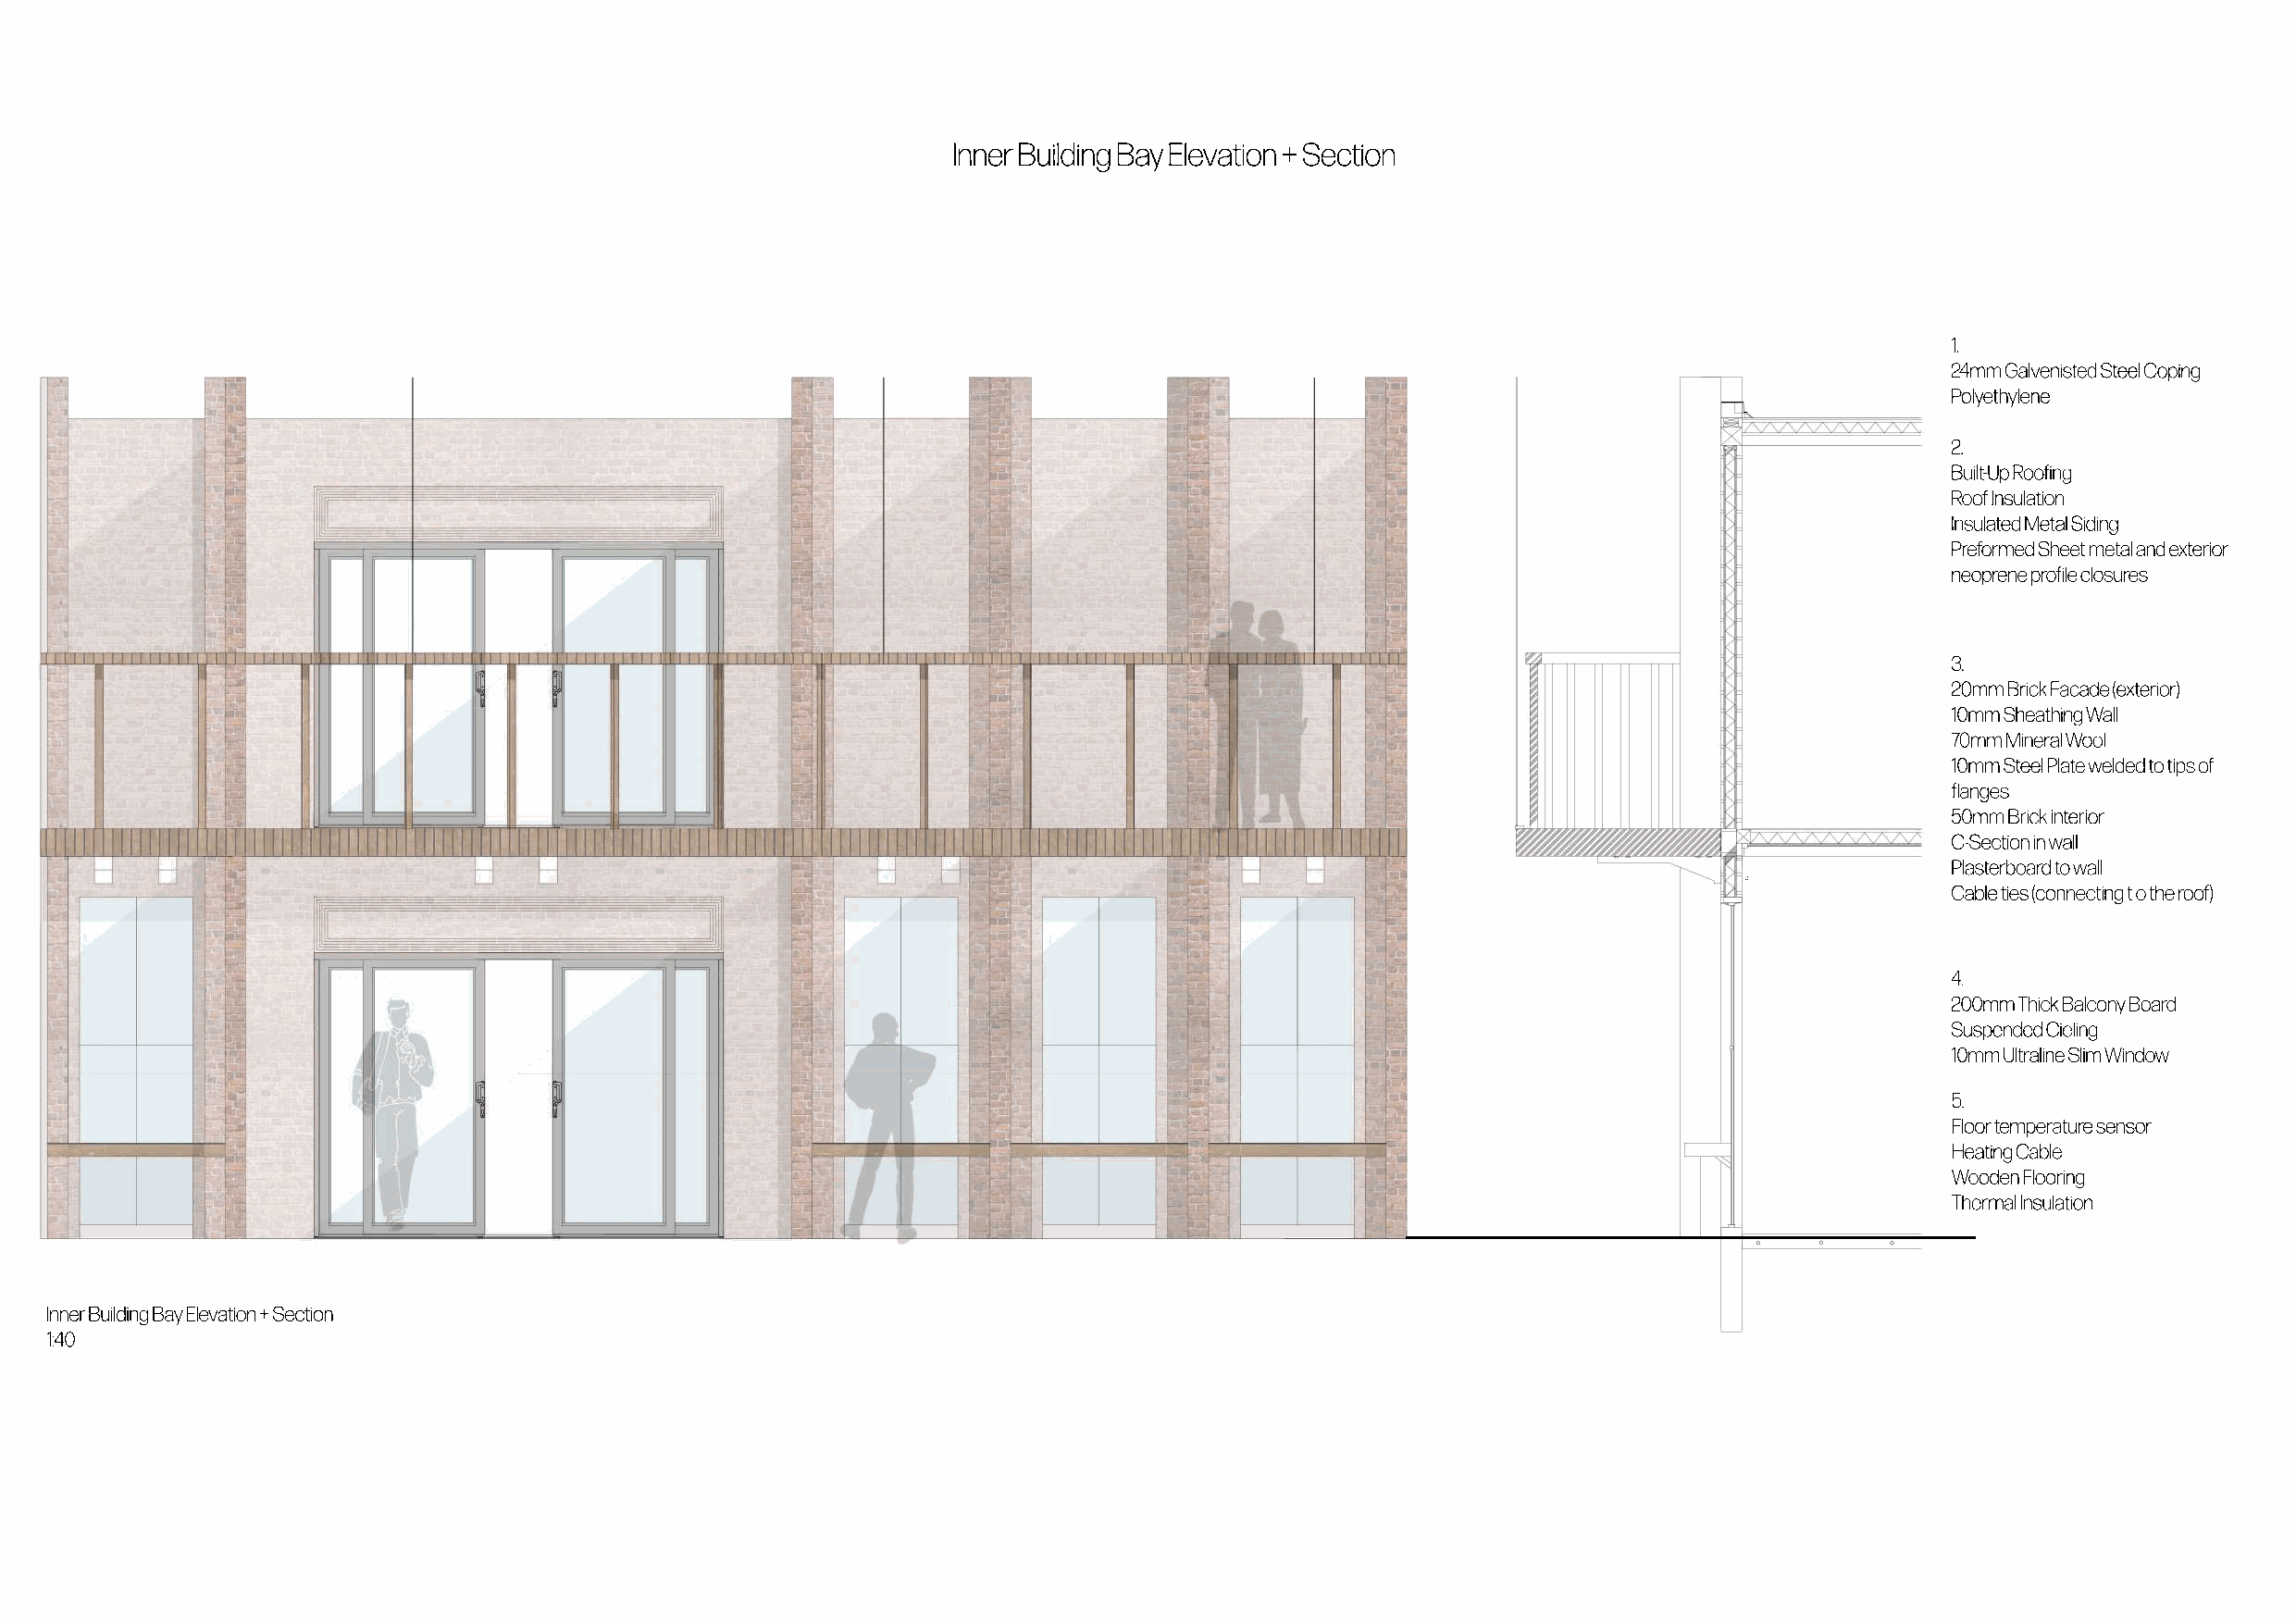
Inner Building Bay Elevation + Section
 1.
 24mm Galvenisted Steel Coping
 Polyethylene
 1
 2
 2.
 Built-Up Roofing
 Roof Insulation
 IInnssuullated Metal Siding
 3
 Preformed Sheet metal and exterior
 neoprene profile closures
 3.
 20mm Brick Facade (exterior)
 10mm Sheathing Wall
 70mm Mineral Wool
 10mm Steel Plate welded to tips of
 flanges
 5500mmmm BBrriicckk iinterior
 C-Section in wall
 Plasterboard to wall
 4
 Cable ties (connecting t o the roof)
 4.
 200mm Thick Balcony Board
 Suspended Cieling
 10mm Ultraline Slim Window
 5.
 Floor temperature sensor
 Heating Cable
 Wooden Flooring
 Thermal Insulation
 Inner Building Bay Elevation + Section
 1:40